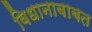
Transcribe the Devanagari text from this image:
विधानाबाबत